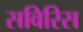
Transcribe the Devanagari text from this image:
सविरिस